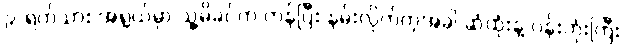
၉-ရက်သား အရွယ်မှာ သူ့မိခင်က ကုန်ပြီး နမ်းလိုက်တဲ့အခါ ဆံထုံးနဲ့ ပန်းကုံးကြီး